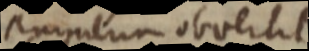
puinilum obvertit